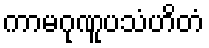
ကာမဂုဏူပသံဟိတံ